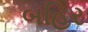
બહિર